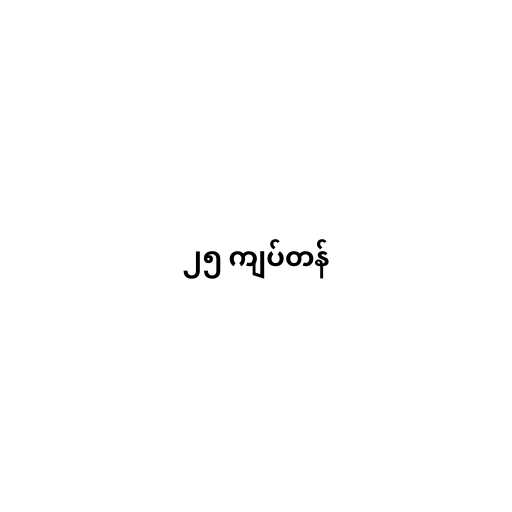
၂၅ ကျပ်တန်